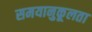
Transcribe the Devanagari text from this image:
समयानुकूलता